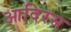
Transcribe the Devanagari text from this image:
आदिरस